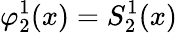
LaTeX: \varphi_{2}^{1}(x)=S_{2}^{1}(x)